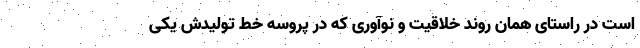
است در راستای همان روند خلاقیت و نوآوری که در پروسه خط تولیدش یکی